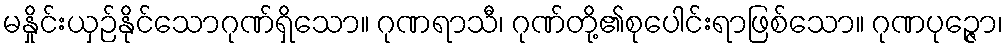
မနှိုင်းယှဉ်နိုင်သောဂုဏ်ရှိသော။ ဂုဏရာသီ၊ ဂုဏ်တို့၏စုပေါင်းရာဖြစ်သော။ ဂုဏပုဉ္ဇော၊